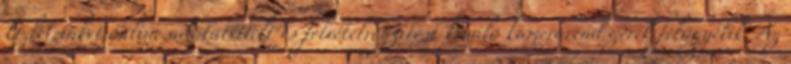
Üzleteinket online adatátvitelt és felvételrögzítést kínáló kamerarendszerek felügyelik. Az